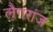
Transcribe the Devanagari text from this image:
लैगरांज